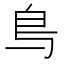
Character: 𫠓